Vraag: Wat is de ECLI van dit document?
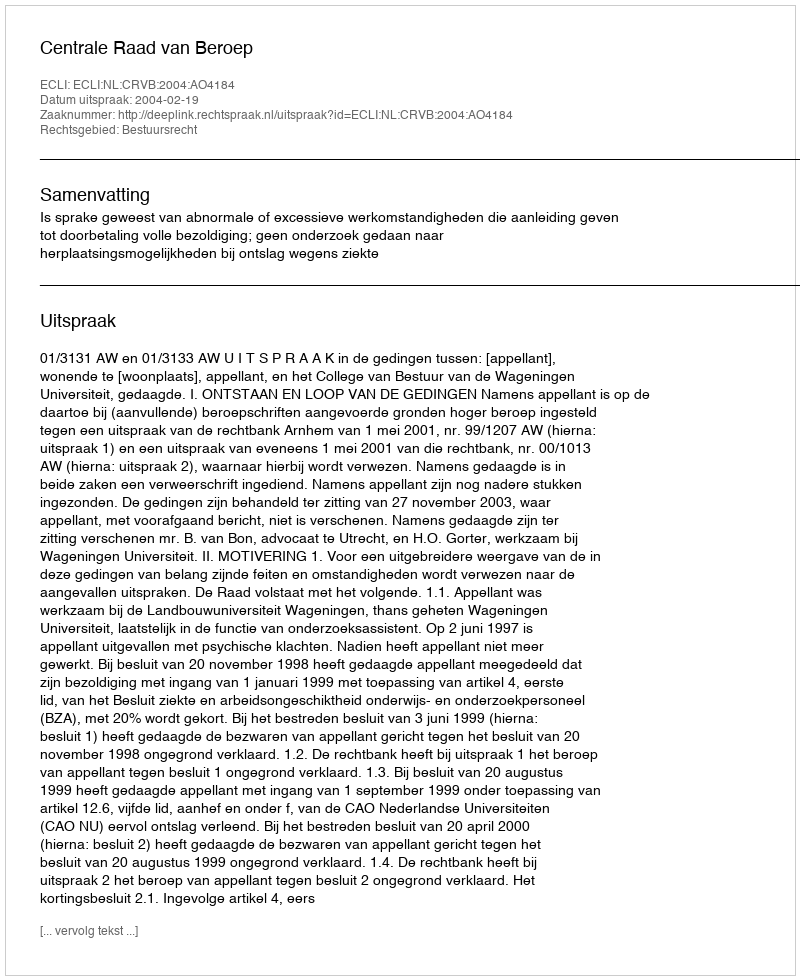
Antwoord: ECLI:NL:CRVB:2004:AO4184